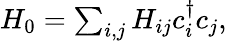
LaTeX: \begin{array}{r}{H_{0}=\sum_{i,j}H_{ij}c_{i}^{\dagger}c_{j},}\end{array}